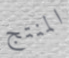
المنتج